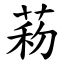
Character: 菞